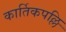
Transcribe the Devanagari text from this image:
कार्तिकपल्लि